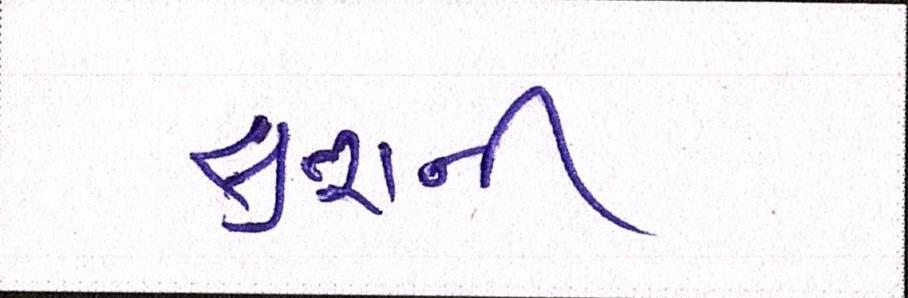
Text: સુતરાની